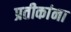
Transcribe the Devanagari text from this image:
प्रतीकांना